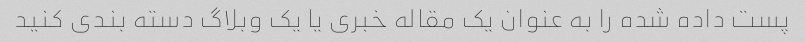
پست داده شده را به عنوان یک مقاله خبری یا یک وبلاگ دسته بندی کنید